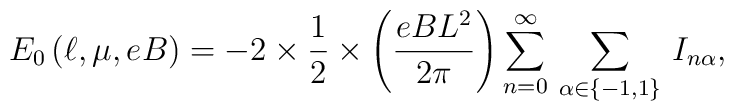
E_{0}\left( \ell ,\mu ,eB\right) =-2\times \frac{1}{2}\times \left( \frac{eBL^{2}}{2\pi }\right) \sum _{n=0}^{\infty }\, \sum _{\alpha \in \left\{ -1,1\right\} }\, I_{n\alpha },